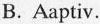
B.Aaptiv.